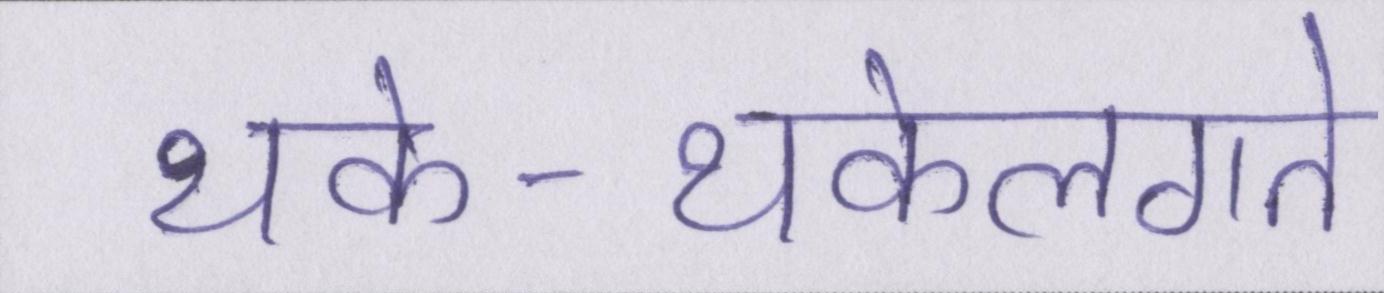
थके-थकेलगते